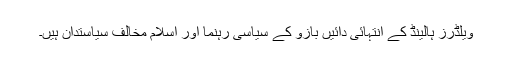
ویلڈرز ہالینڈ کے انتہائی دائیں بازو کے سیاسی رہنما اور اسلام مخالف سیاستدان ہیں۔